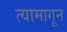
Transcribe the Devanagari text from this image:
त्यामागून